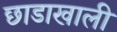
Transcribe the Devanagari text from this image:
छाडाखाली